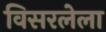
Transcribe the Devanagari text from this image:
विसरलेला